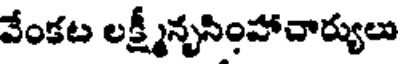
వేంకట లక్ష్మీనృసింహాచార్యులు